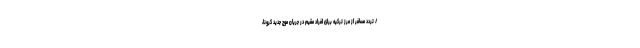
/ تردد مسافر از مرز ترکیه برای افراد مقیم در جریان موج جدید کرونا،